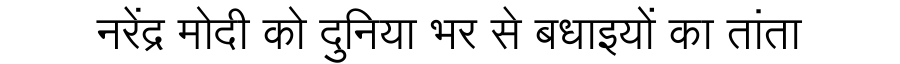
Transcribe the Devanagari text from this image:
नरेंद्र मोदी को दुनिया भर से बधाइयों का तांता